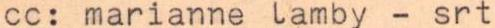
cc: marianne lamby - srt